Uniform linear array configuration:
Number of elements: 64
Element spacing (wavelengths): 1
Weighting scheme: exponential
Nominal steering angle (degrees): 60
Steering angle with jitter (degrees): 60.165
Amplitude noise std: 0.05
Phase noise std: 0.05

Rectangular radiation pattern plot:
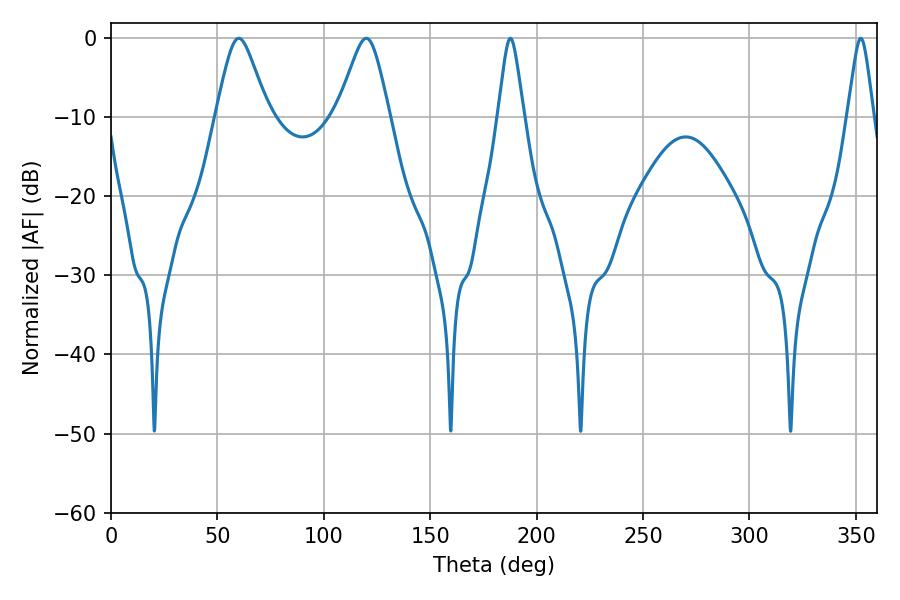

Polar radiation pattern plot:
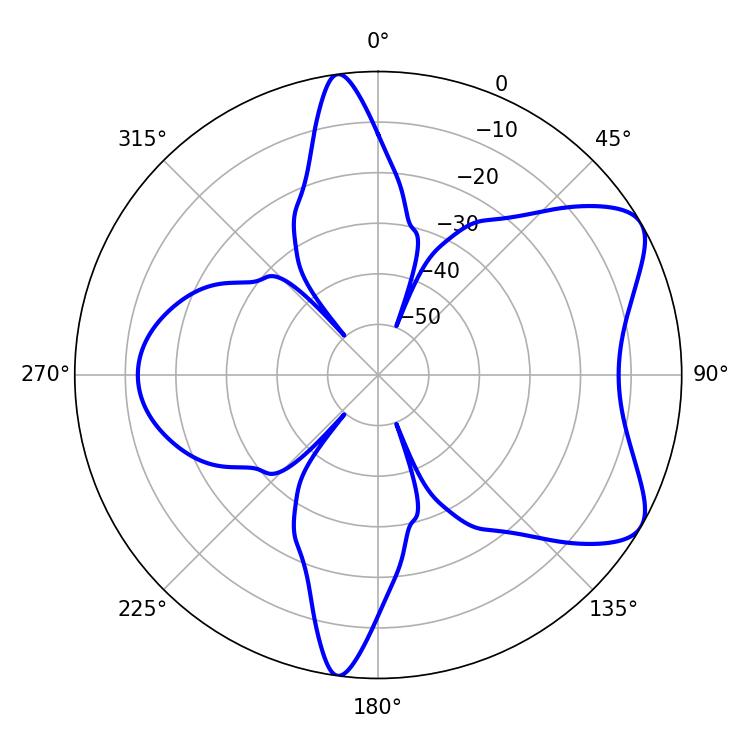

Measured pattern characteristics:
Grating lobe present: TRUE
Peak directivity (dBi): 7.073
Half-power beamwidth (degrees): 11.7
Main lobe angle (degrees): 60.12